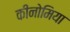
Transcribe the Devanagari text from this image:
कीनोमिया